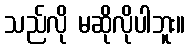
သည်လို မဆိုလိုပါဘူး။